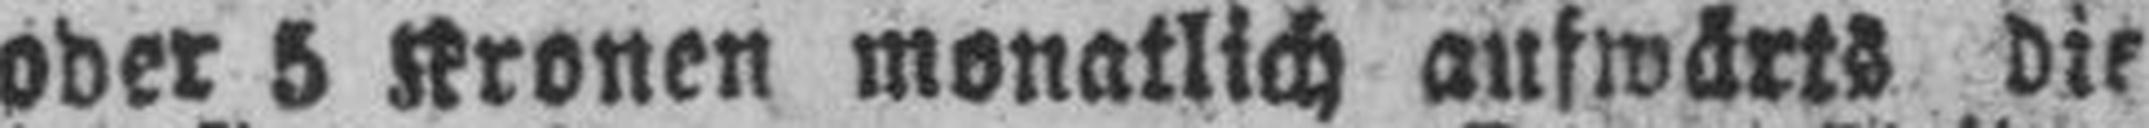
oder 5 Kronen monatlich aufwärts die